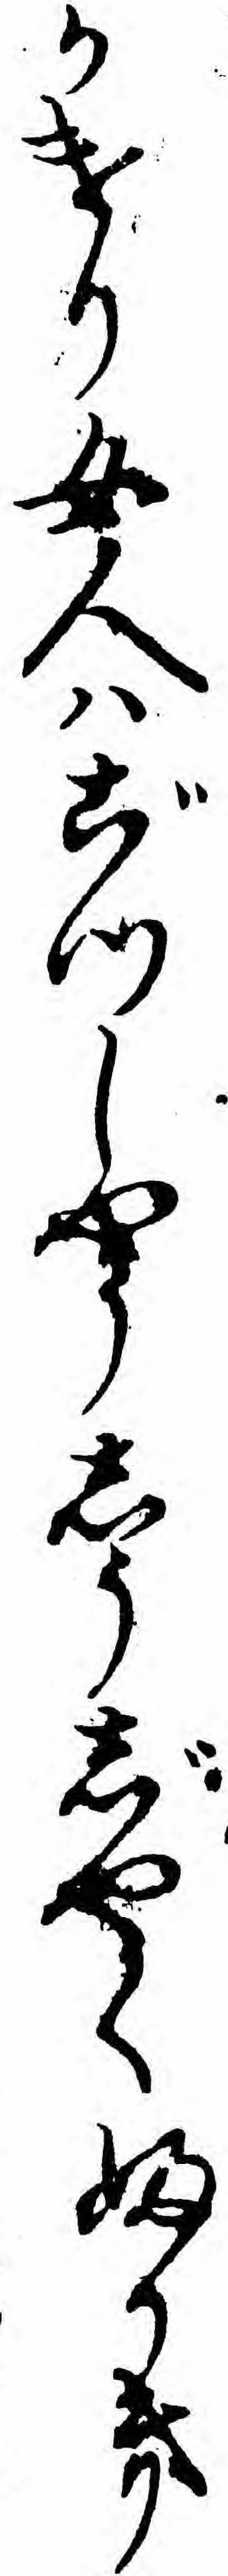
かけり女人ハごつしやうしうじやくふかき